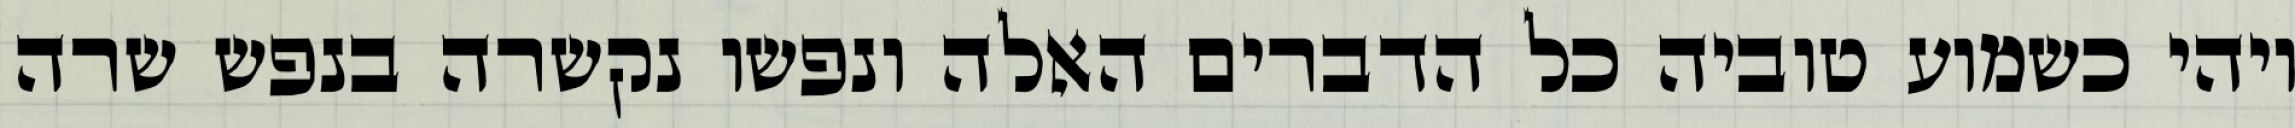
ויהי כשמוע טוביה כל הדברים האלה ונפשו נקשרה בנפש שרה